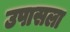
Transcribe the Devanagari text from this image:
उपासला